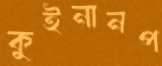
কুইনানপ